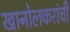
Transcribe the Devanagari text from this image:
खानोलकरांची